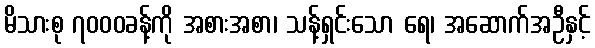
မိသားစု ၇၀၀၀ခန့်ကို အစားအစာ၊ သန့်ရှင်းသော ရေ၊ အဆောက်အဦနှင့်